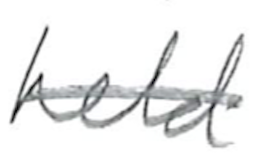
Text: held
Cross-out: single-line
Writing tool: pencil